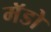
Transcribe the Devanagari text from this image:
मॅडो